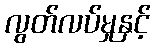
လွတ်လပ်မှုနှင့်